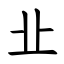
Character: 㐀